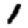
Digit: 1